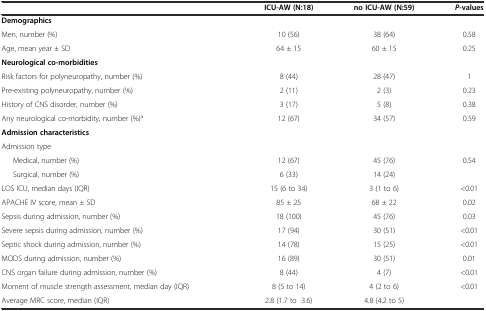
<table><thead><tr><td colspan="2"></td><td><b>ICU-AW (N:18)</b></td><td><b>no ICU-AW (N:59)</b></td><td><b><i>P</i>-values</b></td></tr></thead><tbody><tr><td colspan="5"><b>Demographics</b></td></tr><tr><td colspan="2">Men, number (%)</td><td>10 (56)</td><td>38 (64)</td><td>0.58</td></tr><tr><td colspan="2">Age, mean year ± SD</td><td>64 ± 15</td><td>60 ± 15</td><td>0.25</td></tr><tr><td colspan="5"><b>Neurological co-morbidities</b></td></tr><tr><td colspan="2">Risk factors for polyneuropathy, number (%)</td><td>8 (44)</td><td>28 (47)</td><td>1</td></tr><tr><td colspan="2">Pre-existing polyneuropathy, number (%)</td><td>2 (11)</td><td>2 (3)</td><td>0.23</td></tr><tr><td colspan="2">History of CNS disorder, number (%)</td><td>3 (17)</td><td>5 (8)</td><td>0.38</td></tr><tr><td colspan="2">Any neurological co-morbidity, number (%)<sup>a</sup></td><td>12 (67)</td><td>34 (57)</td><td>0.59</td></tr><tr><td colspan="5"><b>Admission characteristics</b></td></tr><tr><td colspan="5">Admission type</td></tr><tr><td>Medical, number (%)</td><td></td><td>12 (67)</td><td>45 (76)</td><td rowspan="2">0.54</td></tr><tr><td>Surgical, number (%)</td><td></td><td>6 (33)</td><td>14 (24)</td></tr><tr><td colspan="2">LOS ICU, median days (IQR)</td><td>15 (6 to 34)</td><td>3 (1 to 6)</td><td>&lt;0.01</td></tr><tr><td colspan="2">APACHE IV score, mean ± SD</td><td>85 ± 25</td><td>68 ± 22</td><td>0.02</td></tr><tr><td colspan="2">Sepsis during admission, number (%)</td><td>18 (100)</td><td>45 (76)</td><td>0.03</td></tr><tr><td colspan="2">Severe sepsis during admission, number (%)</td><td>17 (94)</td><td>30 (51)</td><td>&lt;0.01</td></tr><tr><td colspan="2">Septic shock during admission, number (%)</td><td>14 (78)</td><td>15 (25)</td><td>&lt;0.01</td></tr><tr><td colspan="2">MODS during admission, number (%)</td><td>16 (89)</td><td>30 (51)</td><td>0.01</td></tr><tr><td colspan="2">CNS organ failure during admission, number (%)</td><td>8 (44)</td><td>4 (7)</td><td>&lt;0.01</td></tr><tr><td colspan="2">Moment of muscle strength assessment, median day (IQR)</td><td>8 (5 to 14)</td><td>4 (2 to 6)</td><td>&lt;0.01</td></tr><tr><td colspan="2">Average MRC score, median (IQR)</td><td>2.8 (1.7 to 3.6)</td><td>4.8 (4.2 to 5)</td><td></td></tr></tbody></table>